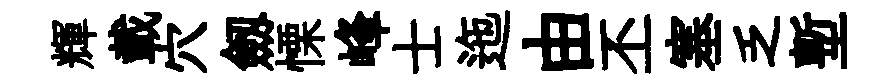
輝載穴劔慄峰士迤由丕塞乏塹